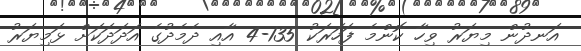
އަނދުން މިޔަރު ވިހާ ކޮންމެ ފަހަރަކު 135-4 އާއި ދެމެދުގެ އަދަދަކަށް ޅަމިޔަރު